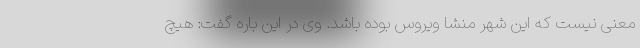
معنی نیست که این شهر منشا ویروس بوده باشد. وی در این باره گفت: هیچ